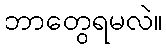
ဘာတွေရမလဲ။